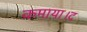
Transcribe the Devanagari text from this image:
कमाया।द